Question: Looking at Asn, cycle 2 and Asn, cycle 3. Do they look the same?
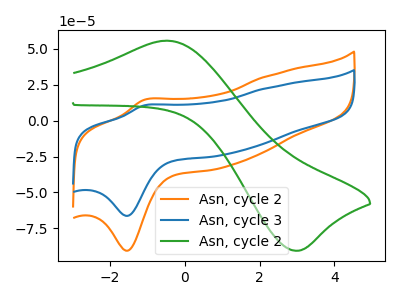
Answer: <think>The orange curve "Asn, cycle 2" has an anodic peak at (-1.10V, 14.35uA) and a cathodic peak at (-1.55V, -90.60uA). The blue curve "Asn, cycle 3" has an anodic peak at (-1.10V, 10.50uA) and a cathodic peak at (-1.55V, -66.35uA). The green curve "Asn, cycle 2" has an anodic peak at (-0.50V, 55.65uA) and a cathodic peak at (3.05V, -90.50uA).
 All the peaks in "Asn, cycle 2" have a peak in "Asn, cycle 3" at the same potential. Every peak in "Asn, cycle 2" is higher than every peak in "Asn, cycle 3".</think>
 <answer>"Asn, cycle 2" and "Asn, cycle 3" are similar in shape.</answer>
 <eval>same_shape</eval>